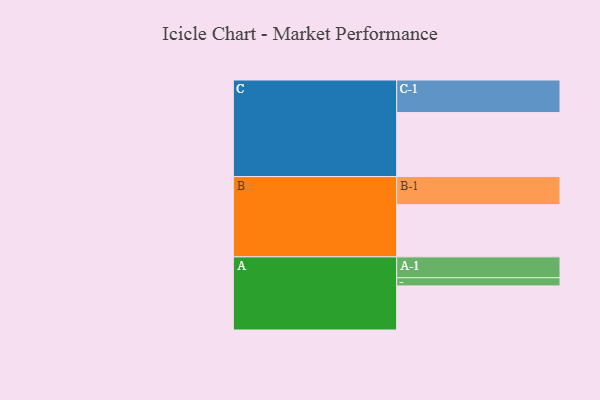
{"axis": {"x": "Segment", "y": "Value"}, "legend": ["", "A", "B", "C"], "data": [{"x": "A", "y": 399, "type": ""}, {"x": "B", "y": 472, "type": ""}, {"x": "C", "y": 579, "type": ""}, {"x": "A-1", "y": 189, "type": "A"}, {"x": "A-2", "y": 74, "type": "A"}, {"x": "B-1", "y": 255, "type": "B"}, {"x": "C-1", "y": 295, "type": "C"}]}